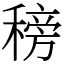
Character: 䅭